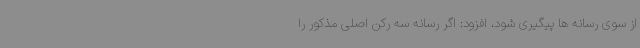
از سوی رسانه ها پیگیری شود، افزود: اگر رسانه سه رکن اصلی مذکور را